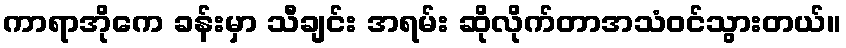
ကာရာအိုကေ ခန်းမှာ သီချင်း အရမ်း ဆိုလိုက်တာအသံဝင်သွားတယ်။